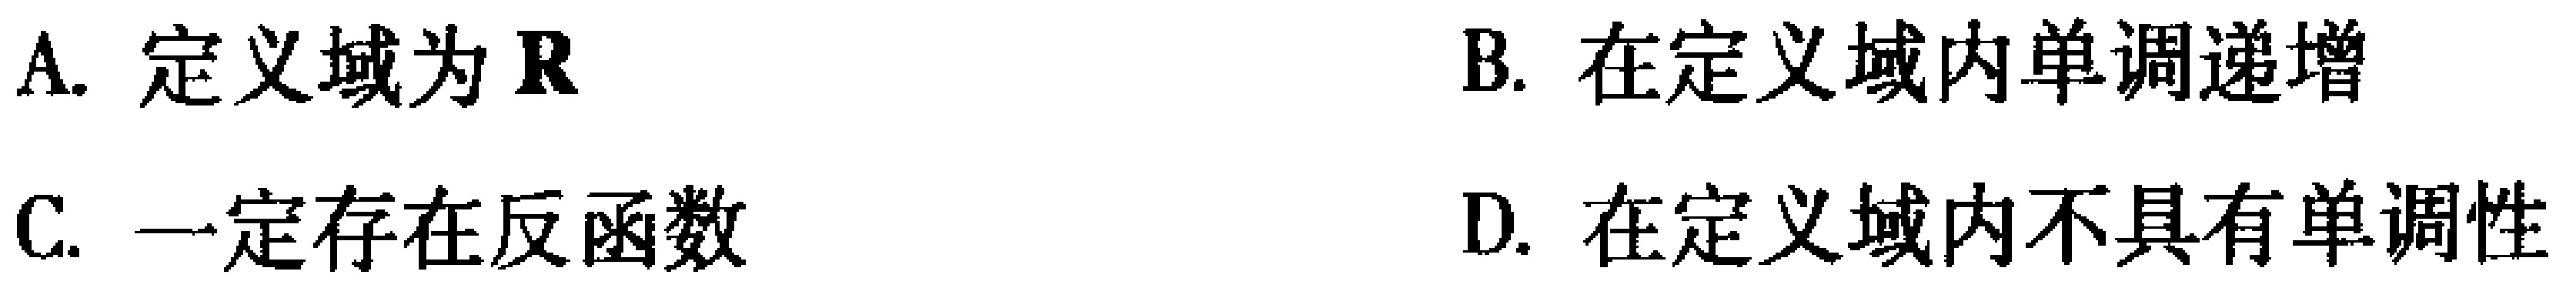
A. 定义域为\(\mathbb{R}\)

B. 在定义域内单调递增

C. 一定存在反函数

D. 在定义域内不具有单调性